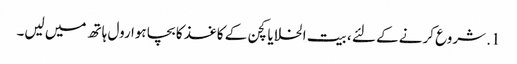
1. شروع کرنے کے لئے ، بیت الخلا یا کچن کے کاغذ کا بچا ہوا رول ہاتھ میں لیں۔